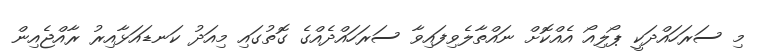
މި ސަރަހައްދަކީ ޕޯލިއޯ އެއްކޮށް ނައްތާލެވިފައިވާ ސަރަހައްދެއްގެ ގޮތުގައި މިއަދު ކަނޑައަޅާއިރު ރާއްޖެއިން